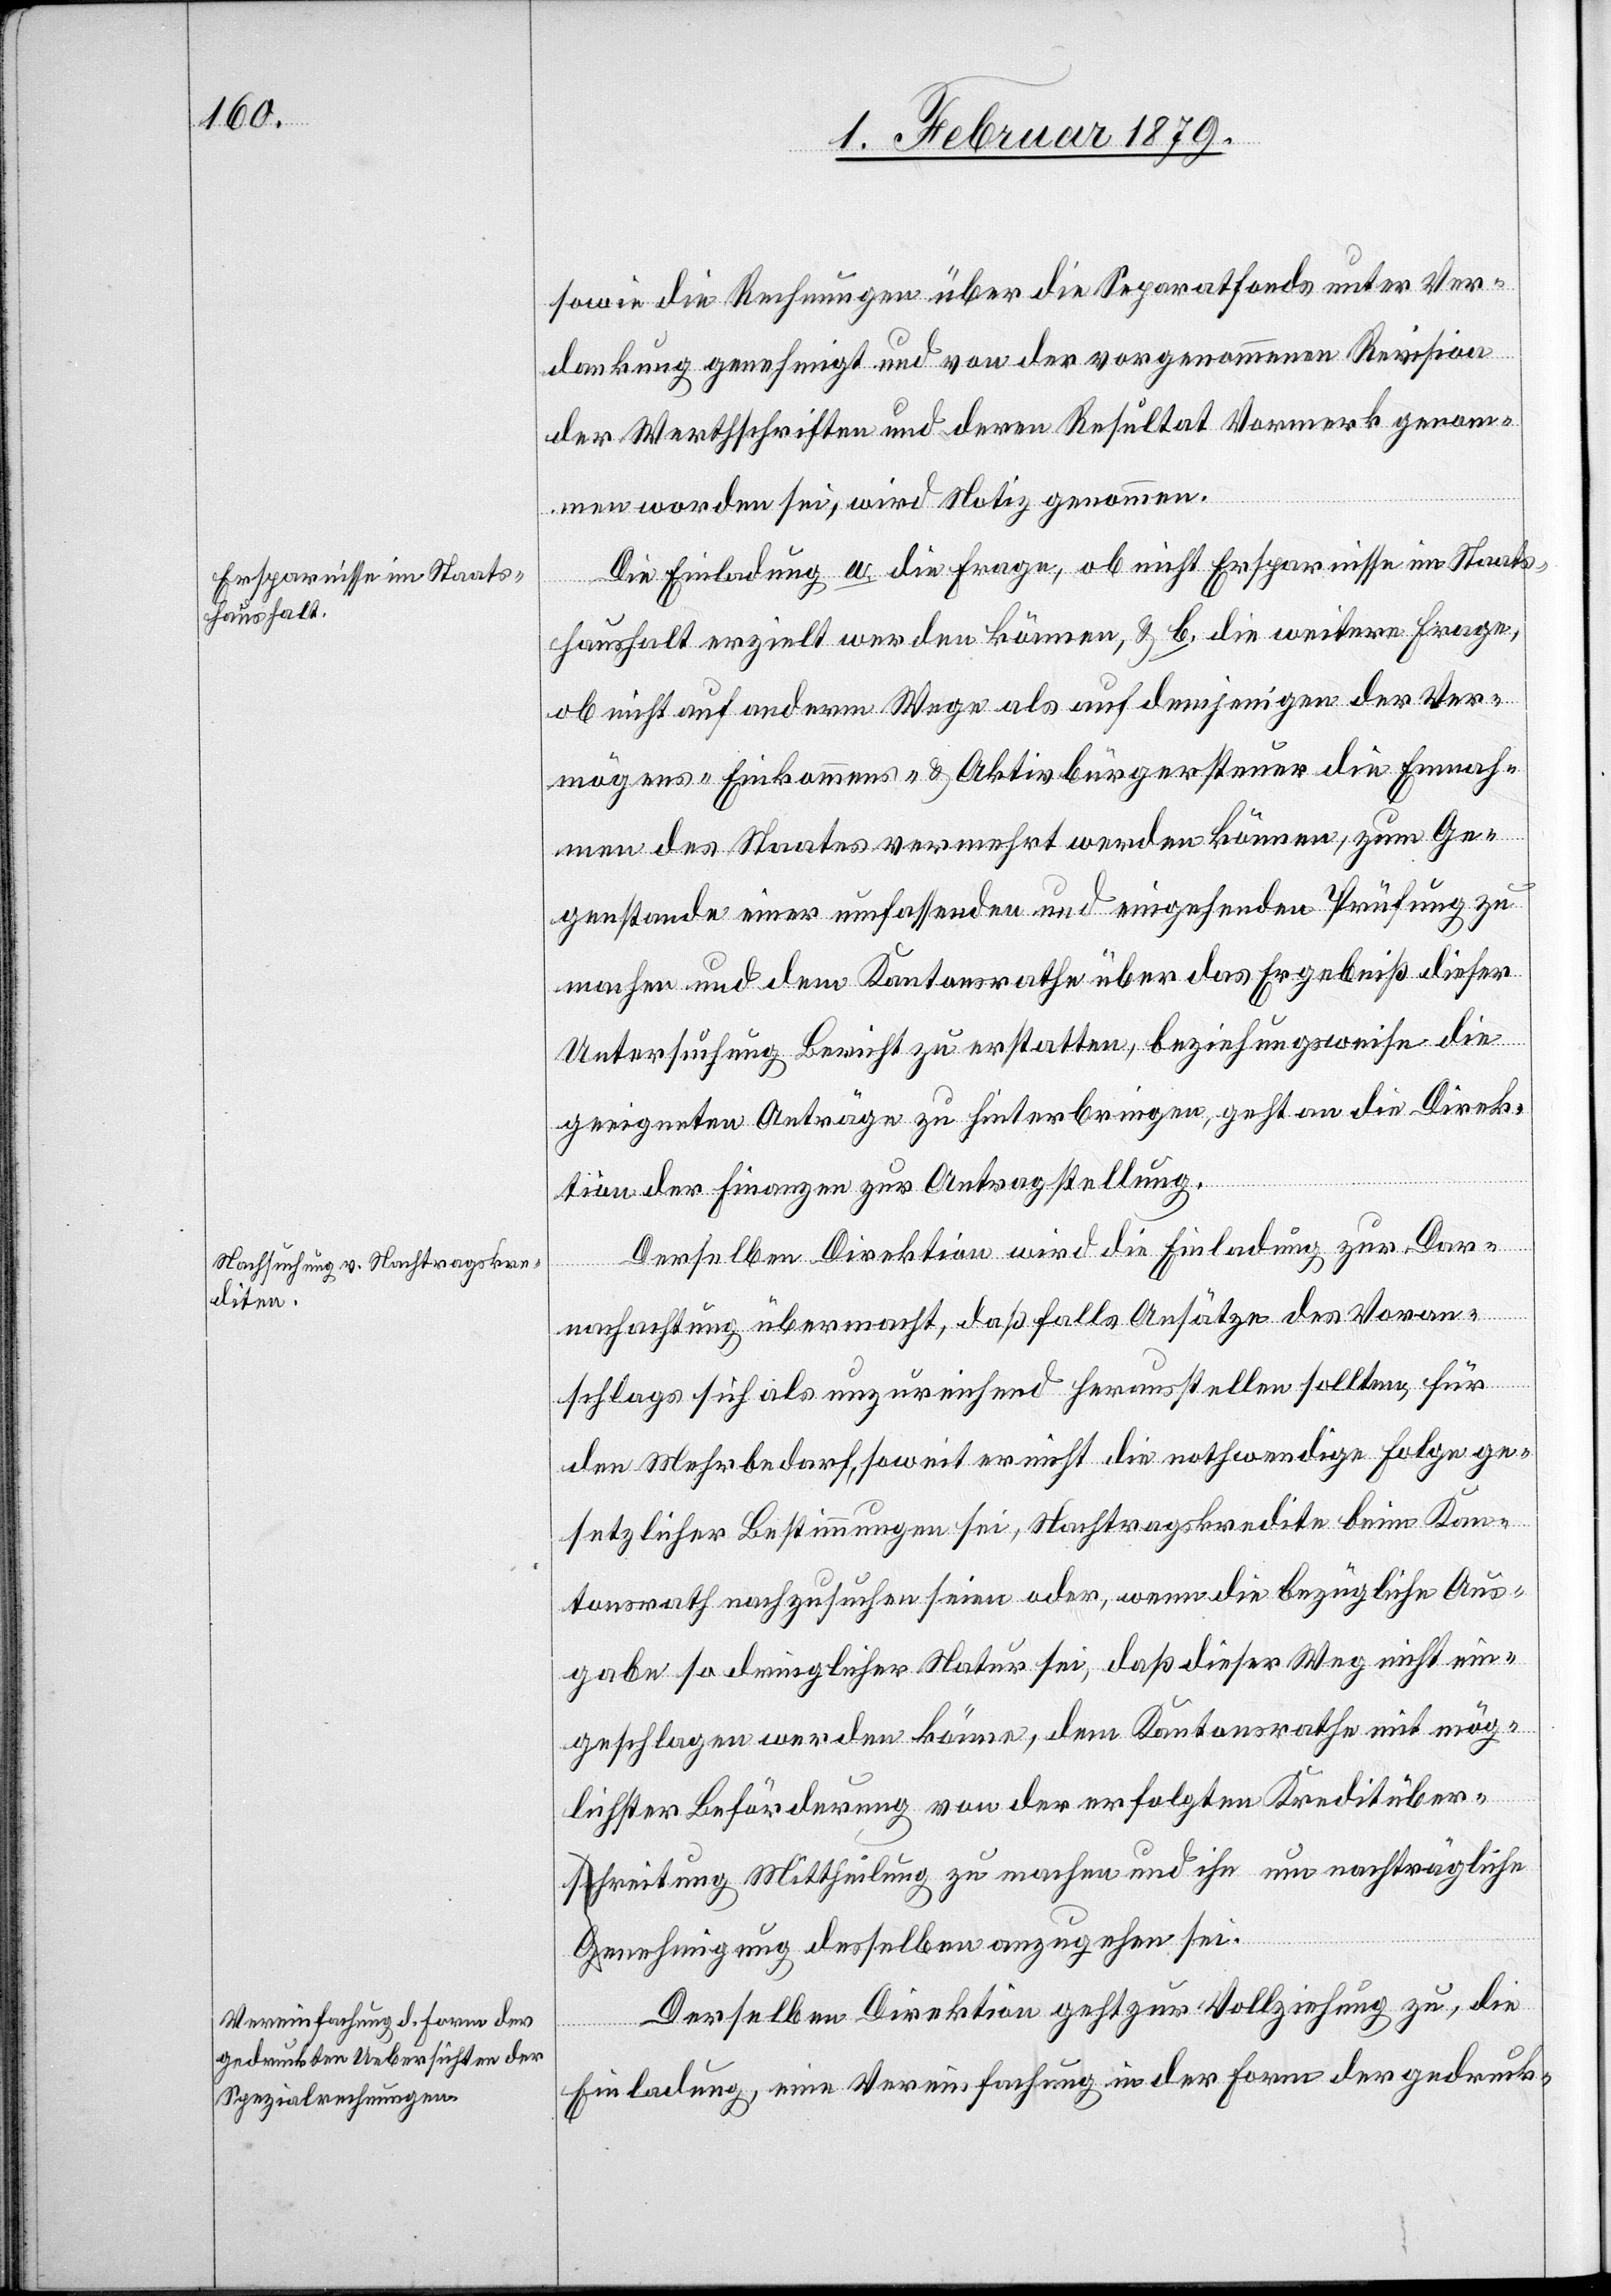
sowie die Rechnungen über die Separatfonds unter Ver¬
dankung genehmigt und von der vorgenommenen Revision
der Werthschriften und deren Resultat Vormerk genomm¬
en worden sei, wird Notiz genommen.
Die Einladung a. Die Frage, ob nicht Ersparnisse im Staats¬
haushalt erzielt werden können, & b. die weitere Frage,
ob nicht auf anderm Wege als auf demjenigen der Ver¬
mögens- Einkommens- & Aktivbürgersteuer die Einnah¬
men des Staates vermehrt werden können, zum Ge¬
genstande einer umfassenden und eingehenden Prüfung zu
machen und dem Kantonsrathe über das Ergebniß dieser
Untersuchung Bericht zu erstatten, beziehungsweise die
geeigneten Anträge zu hinterbringen, geht an die Direk¬
tion der Finanzen zur Antragstellung.
Derselben Direktion wird die Einladung zur Dar¬
nachachtung [sic!] übermacht, daß falls Ansätze des Voran¬
schlags sich als unzureichend herausstellen sollten, für
den Mehrbedarf, soweit er nicht die nothwendige Folge ge¬
setzlicher Bestimmungen sei, Nachtragskredite beim Kan¬
tonsrath nachzusuchen seien oder, wenn die bezügliche Aus¬
gabe so dringlicher Natur sei, daß dieser Weg nicht ein¬
geschlagen werden könne, dem Kantonsrathe mit mög¬
lichster Beförderung von der erfolgten Kreditüber¬
schreitung Mittheilung zu machen und ihn um nachträgliche
Genehmigung desselben anzugehen sei.
Derselben Direktion geht zur Vollziehung zu, die
Einladung, eine Vereinfachung in der Form der gedruck-